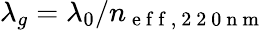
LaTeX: \lambda_{g}=\lambda_{0}/n_{\mathrm{~e~f~f~,~2~2~0~n~m~}}